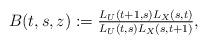
LaTeX: \begin{align*}B(t,s,z):=\tfrac{L_U(t+1,s)L_X(s,t)}{L_U(t,s)L_X(s,t+1)},\end{align*}